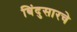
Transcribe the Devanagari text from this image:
बिंदुसारचे